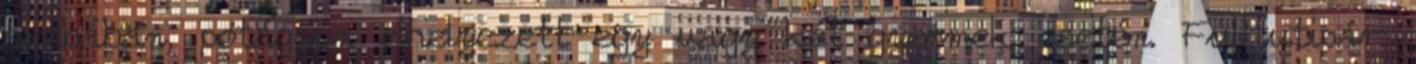
szobában, pótágyon elhelyezett egy vagy két gyermek esetén. Fulltutipár: